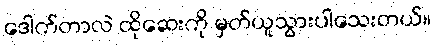
ဒေါက်တာလဲ ထိုဆေးကို မှတ်ယူသွားပါသေးတယ်။